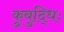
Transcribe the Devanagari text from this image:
कुबुद्धिः